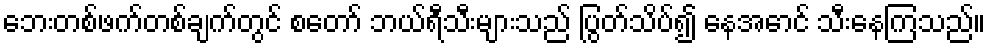
ဘေးတစ်ဖက်တစ်ချက်တွင် စတော် ဘယ်ရီသီးများသည် ပြွတ်သိပ်၍ နေအောင် သီးနေကြသည်။